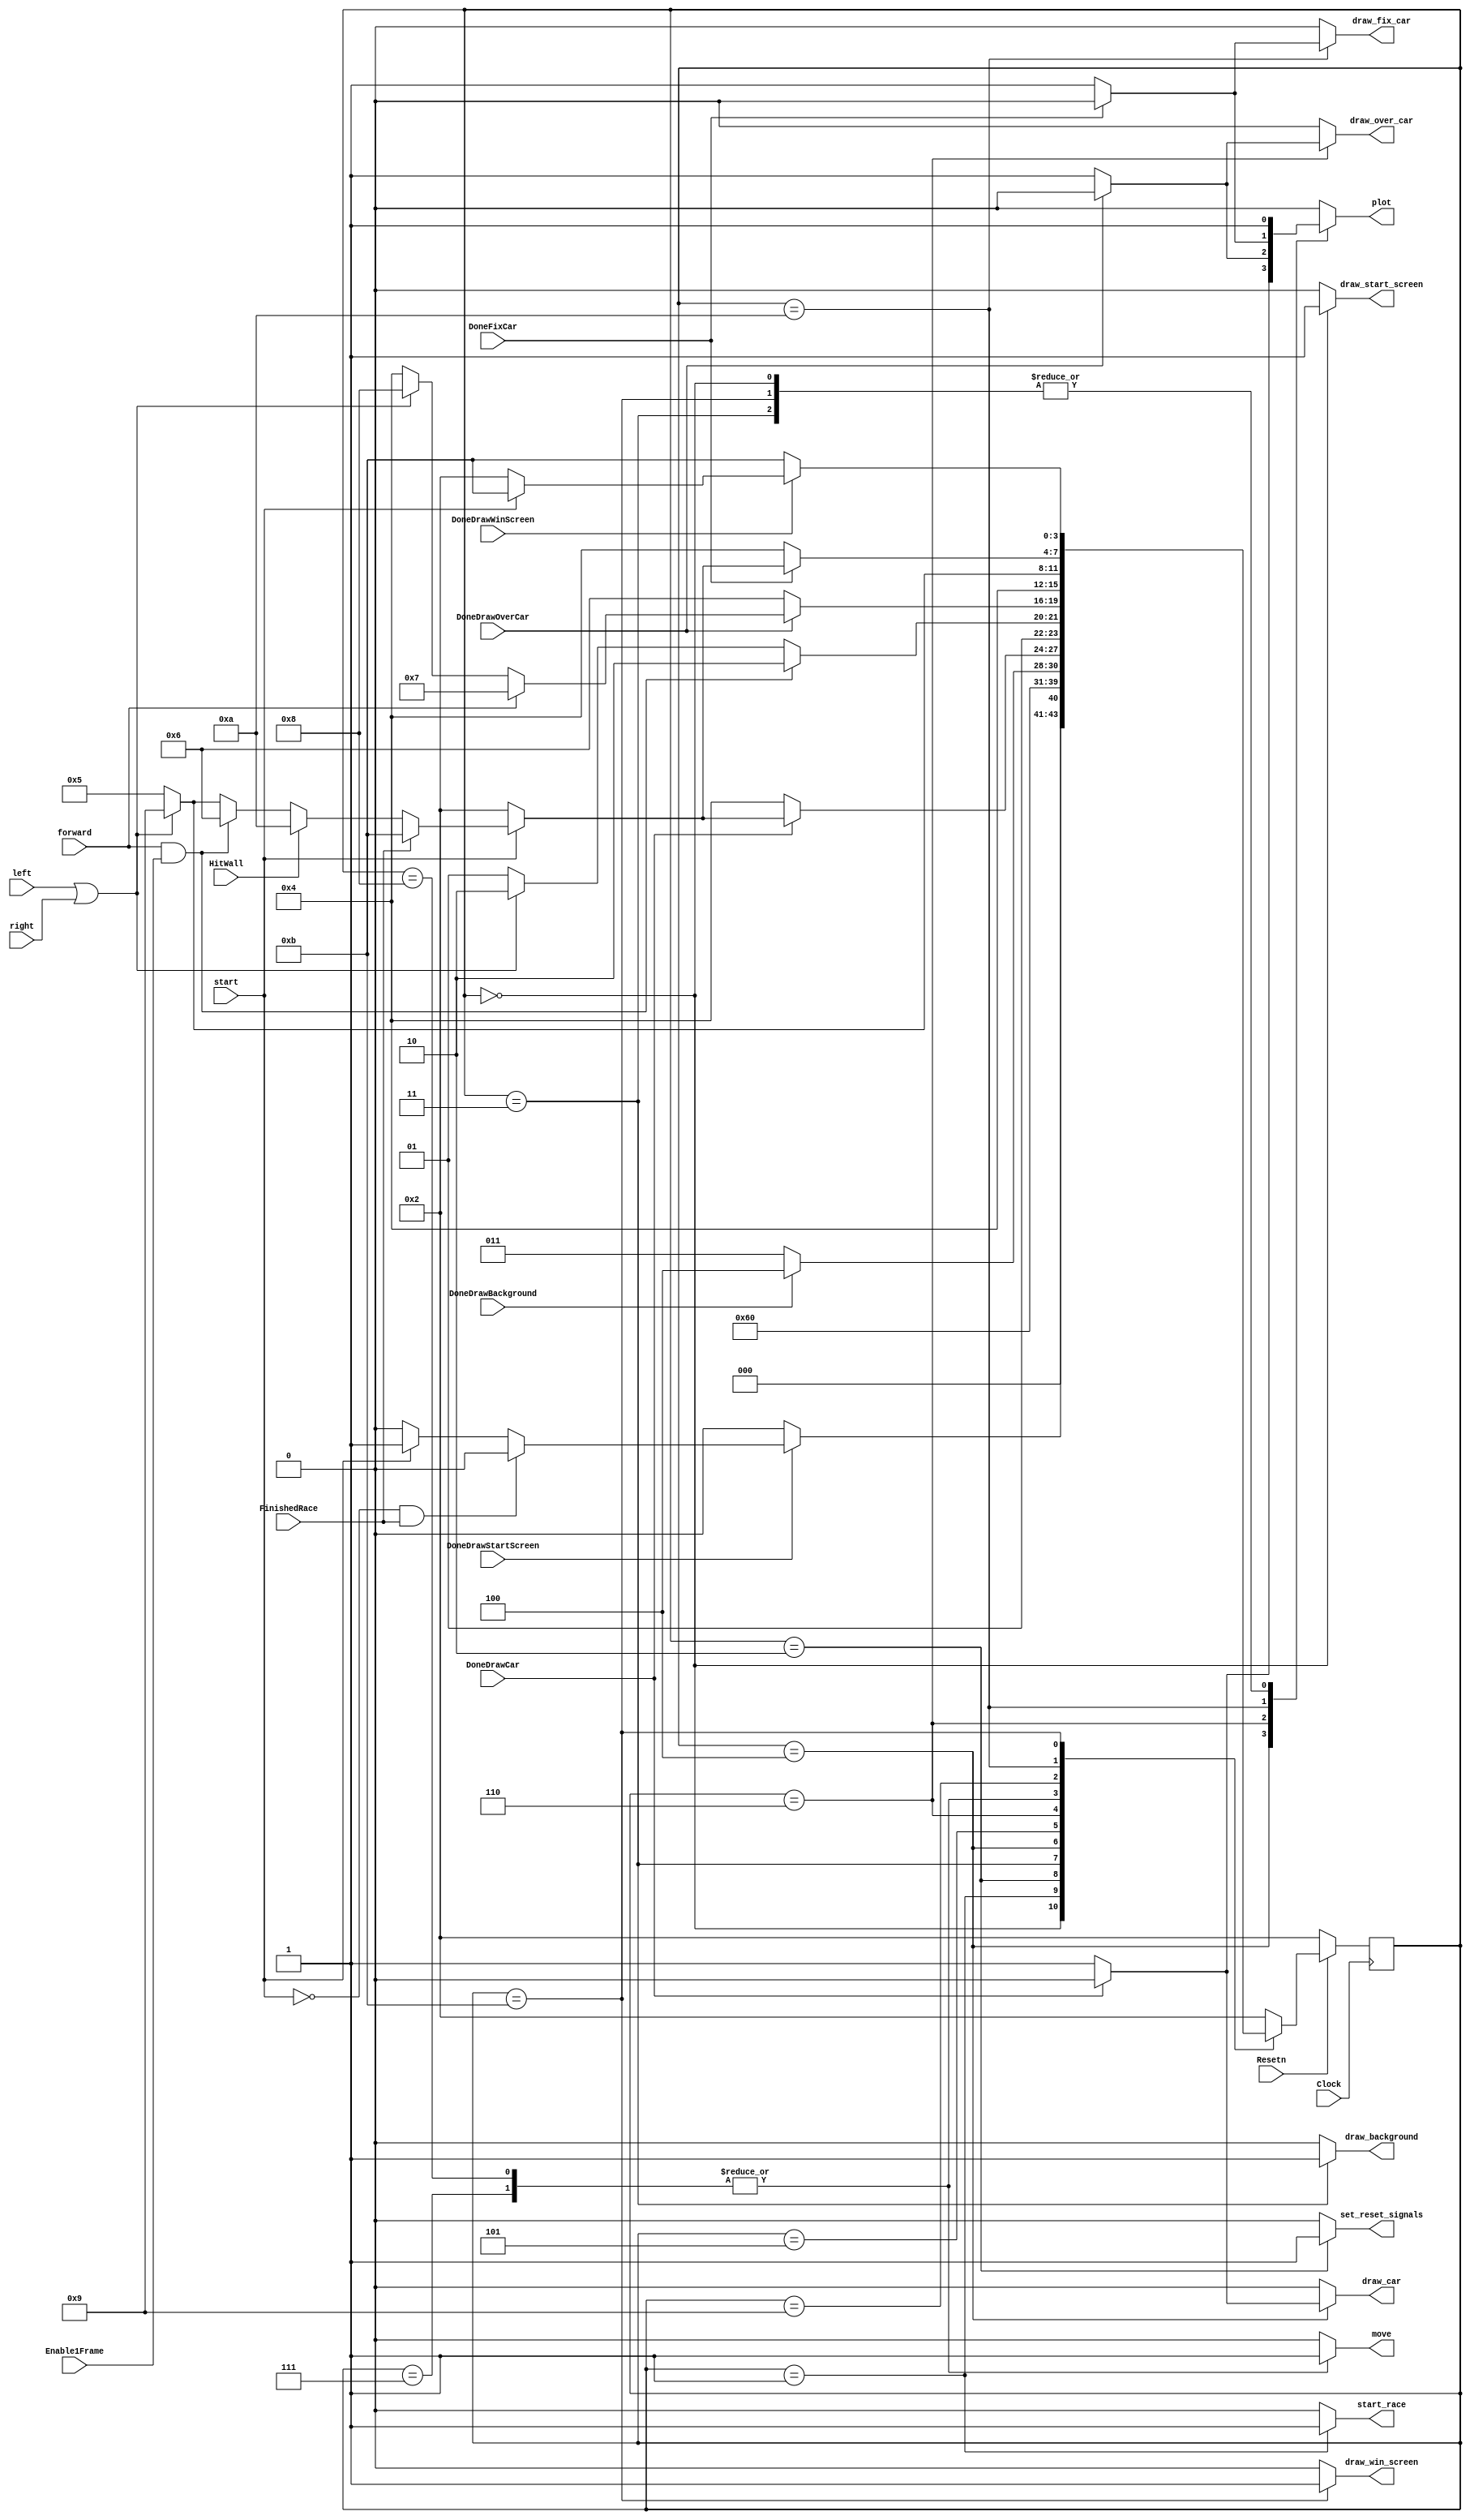
module control(
	input Clock, Resetn, Enable1Frame, start, forward, right, left,
	input DoneDrawBackground, DoneDrawCar, DoneDrawOverCar, DoneFixCar, DoneDrawStartScreen, DoneDrawWinScreen, FinishedRace, HitWall,
	output reg set_reset_signals, start_race, draw_background, draw_car, draw_over_car, draw_fix_car, draw_start_screen, draw_win_screen, move, plot);
	
	reg[3:0] current_state, next_state;

	
	localparam  	DRAW_START_SCREEN = 0,
					START_RACE		  = 1,
					SET_RESET_SIGNALS = 2,
					DRAW_BACKGROUND   = 3,
					DRAW_CAR          = 4,
					WAIT_FOR_MOVE     = 5,
					DRAW_OVER_CAR     = 6,
					MOVE_FORWARD 	  = 7,
					MOVE_LEFT_RIGHT   = 8,
					WAIT_LEFT_RIGHT   = 9,
					FIX_CAR    = 10,
					DRAW_WIN_SCREEN	  = 11;
    
    // Next state logic aka our state table
    always@(*)
    begin: state_table 
		case (current_state)
			DRAW_START_SCREEN: begin
				if(DoneDrawStartScreen) begin
					if(!start && FinishedRace) next_state = DRAW_START_SCREEN;
					else if(start) next_state = START_RACE;
					else next_state = DRAW_START_SCREEN;
				end
				else next_state = DRAW_START_SCREEN;
			end
			START_RACE: next_state = DRAW_BACKGROUND;
			SET_RESET_SIGNALS: next_state = DRAW_START_SCREEN;
			DRAW_BACKGROUND: next_state = DoneDrawBackground ? DRAW_CAR : DRAW_BACKGROUND;
			DRAW_CAR: begin
				if(DoneDrawCar) begin
					if(!start) next_state = SET_RESET_SIGNALS;
					else if(FinishedRace) next_state = DRAW_WIN_SCREEN;
					else if(HitWall) next_state = FIX_CAR;
					else if(forward == 1'b1 && Enable1Frame) next_state = DRAW_OVER_CAR;
					else if(left == 1'b1 || right == 1'b1) next_state = WAIT_LEFT_RIGHT;
					else next_state = WAIT_FOR_MOVE;
				end
				else next_state = DRAW_CAR;
			end
			WAIT_FOR_MOVE: begin
				if(forward == 1'b1 && Enable1Frame) next_state = DRAW_OVER_CAR;
				else if(left == 1'b1 || right == 1'b1) next_state = DRAW_OVER_CAR;
				else next_state = WAIT_FOR_MOVE;
			end
			DRAW_OVER_CAR: begin
				if(DoneDrawOverCar) begin
					if(forward == 1'b1) next_state = MOVE_FORWARD;
					else if(left == 1'b1 || right == 1'b1) next_state = MOVE_LEFT_RIGHT;
					else next_state = DRAW_CAR;
				end
				else next_state = DRAW_OVER_CAR;
			end
			MOVE_FORWARD: next_state = DRAW_CAR;
			MOVE_LEFT_RIGHT: next_state = DRAW_CAR;
			WAIT_LEFT_RIGHT: next_state = (left == 1'b1 || right == 1'b1) ? WAIT_LEFT_RIGHT : WAIT_FOR_MOVE;
			FIX_CAR: begin
				if(DoneFixCar) begin
					if(!start) next_state = SET_RESET_SIGNALS;
					else if(FinishedRace) next_state = DRAW_WIN_SCREEN;
					else if(HitWall) next_state = FIX_CAR;
					else if(forward == 1'b1 && Enable1Frame) next_state = DRAW_OVER_CAR;
					else if(left == 1'b1 || right == 1'b1) next_state = WAIT_LEFT_RIGHT;
					else next_state = WAIT_FOR_MOVE;
				end
				else next_state = DRAW_CAR;
			end
			DRAW_WIN_SCREEN: begin
				if(DoneDrawWinScreen) begin
					if(start) next_state = DRAW_WIN_SCREEN;
					else next_state = SET_RESET_SIGNALS;
				end
				else next_state = DRAW_WIN_SCREEN;
			end
			default: next_state = SET_RESET_SIGNALS;
		endcase
    end // state_table

    // Output logic aka all of our datapath control signals
    always @(*)
    begin: enable_signals
	 
		set_reset_signals = 1'b0;
		start_race = 1'b0;
		draw_background = 1'b0;
		draw_car = 1'b0;
		draw_over_car = 1'b0;
		draw_fix_car = 1'b0;
		draw_start_screen = 1'b0;
		draw_win_screen = 1'b0;
		move = 1'b0;
		plot = 1'b0;
	 
        case (current_state)
			DRAW_START_SCREEN: begin
				draw_start_screen = 1'b1;
				plot = 1'b1;
			end
			SET_RESET_SIGNALS: set_reset_signals = 1'b1;
			DRAW_BACKGROUND: begin
				draw_background = 1'b1;
				plot = 1'b1;
			end
			START_RACE: start_race = 1'b1;
			DRAW_CAR: begin
				if(DoneDrawCar) plot = 1'b0;
				else begin
					draw_car = 1'b1;
					plot = 1'b1;
				end
			end
			DRAW_OVER_CAR: begin
				if(DoneDrawOverCar) plot = 1'b0;
				else begin
					draw_over_car = 1'b1;
					plot = 1'b1;
				end
			end
			MOVE_FORWARD: move = 1'b1;
			MOVE_LEFT_RIGHT: move = 1'b1;
			FIX_CAR: begin
				if(DoneFixCar) plot = 1'b0;
				else begin
					draw_fix_car = 1'b1;
					plot = 1'b1;
				end
			end
			DRAW_WIN_SCREEN: begin
				draw_win_screen = 1'b1;
				plot = 1'b1;
			end
        endcase
    end // enable_signals
   
    // current_state registers
    always@(posedge Clock)
    begin: state_FFs
        if(!Resetn)
           current_state <= SET_RESET_SIGNALS;
        else
            current_state <= next_state;
    end // state_FFS
	 
endmodule